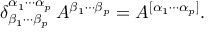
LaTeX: \delta _ { \beta _ { 1 } \cdots \beta _ { p } } ^ { \alpha _ { 1 } \cdots \alpha _ { p } } \, A ^ { \beta _ { 1 } \cdots \beta _ { p } } = A ^ { [ \alpha _ { 1 } \cdots \alpha _ { p } ] } .